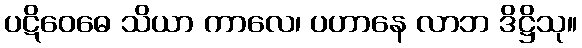
ပဋိဝေဓေ သိယာ ကာလေ၊ ပဟာနေ လာဘ ဒိဋ္ဌိသု။